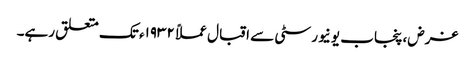
غرض، پنجاب یونیورسٹی سے اقبال عملاً ١٩٣٢ء تک متعلق رہے۔